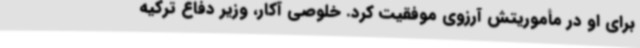
برای او در مأموریتش آرزوی موفقیت کرد. خلوصی آکار، وزیر دفاع ترکیه